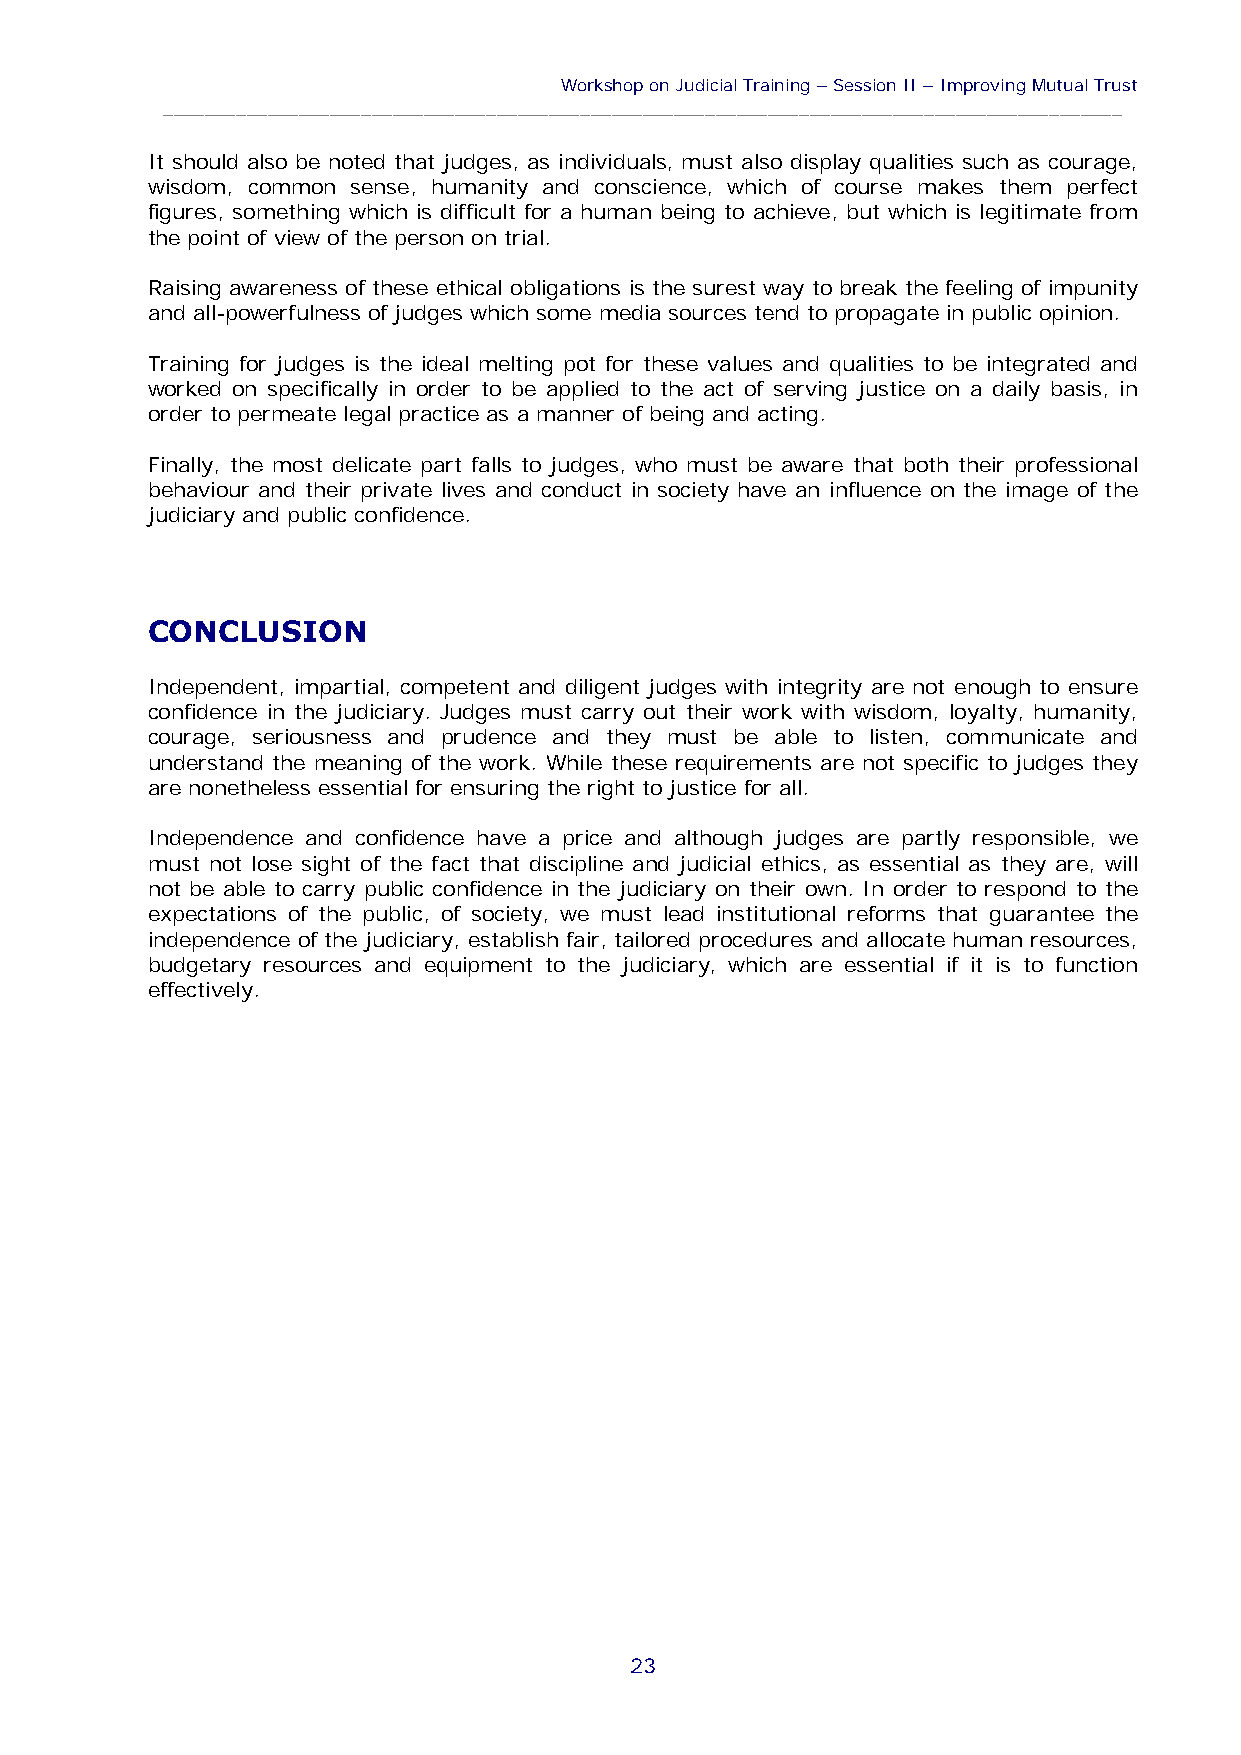
Workshop on Judicial Training – Session II – Improving Mutual Trust
 ____________________________________________________________________________________________
 It should also be noted that judges, as individuals, must also display qualities such as courage,
 wisdom, common sense, humanity and conscience, which of course makes them perfect
 figures, something which is difficult for a human being to achieve, but which is legitimate from
 the point of view of the person on trial.
 Raising awareness of these ethical obligations is the surest way to break the feeling of impunity
 and all-powerfulness of judges which some media sources tend to propagate in public opinion.
 Training for judges is the ideal melting pot for these values and qualities to be integrated and
 worked on specifically in order to be applied to the act of serving justice on a daily basis, in
 order to permeate legal practice as a manner of being and acting.
 Finally, the most delicate part falls to judges, who must be aware that both their professional
 behaviour and their private lives and conduct in society have an influence on the image of the
 judiciary and public confidence.
 CONCLUSION
 Independent, impartial, competent and diligent judges with integrity are not enough to ensure
 confidence in the judiciary. Judges must carry out their work with wisdom, loyalty, humanity,
 courage, seriousness and prudence and they must be able to listen, communicate and
 understand the meaning of the work. While these requirements are not specific to judges they
 are nonetheless essential for ensuring the right to justice for all.
 Independence and confidence have a price and although judges are partly responsible, we
 must not lose sight of the fact that discipline and judicial ethics, as essential as they are, will
 not be able to carry public confidence in the judiciary on their own. In order to respond to the
 expectations of the public, of society, we must lead institutional reforms that guarantee the
 independence of the judiciary, establish fair, tailored procedures and allocate human resources,
 budgetary resources and equipment to the judiciary, which are essential if it is to function
 effectively.
 23